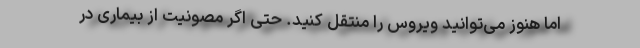
اما هنوز می‌توانید ویروس را منتقل کنید. حتی اگر مصونیت از بیماری در